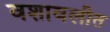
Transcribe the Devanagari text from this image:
वशावलीत